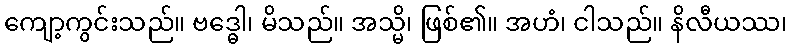
ကျော့ကွင်းသည်။ ဗဒ္ဓေါ၊ မိသည်။ အသ္မိ၊ ဖြစ်၏။ အဟံ၊ ငါသည်။ နိလီယဿ၊